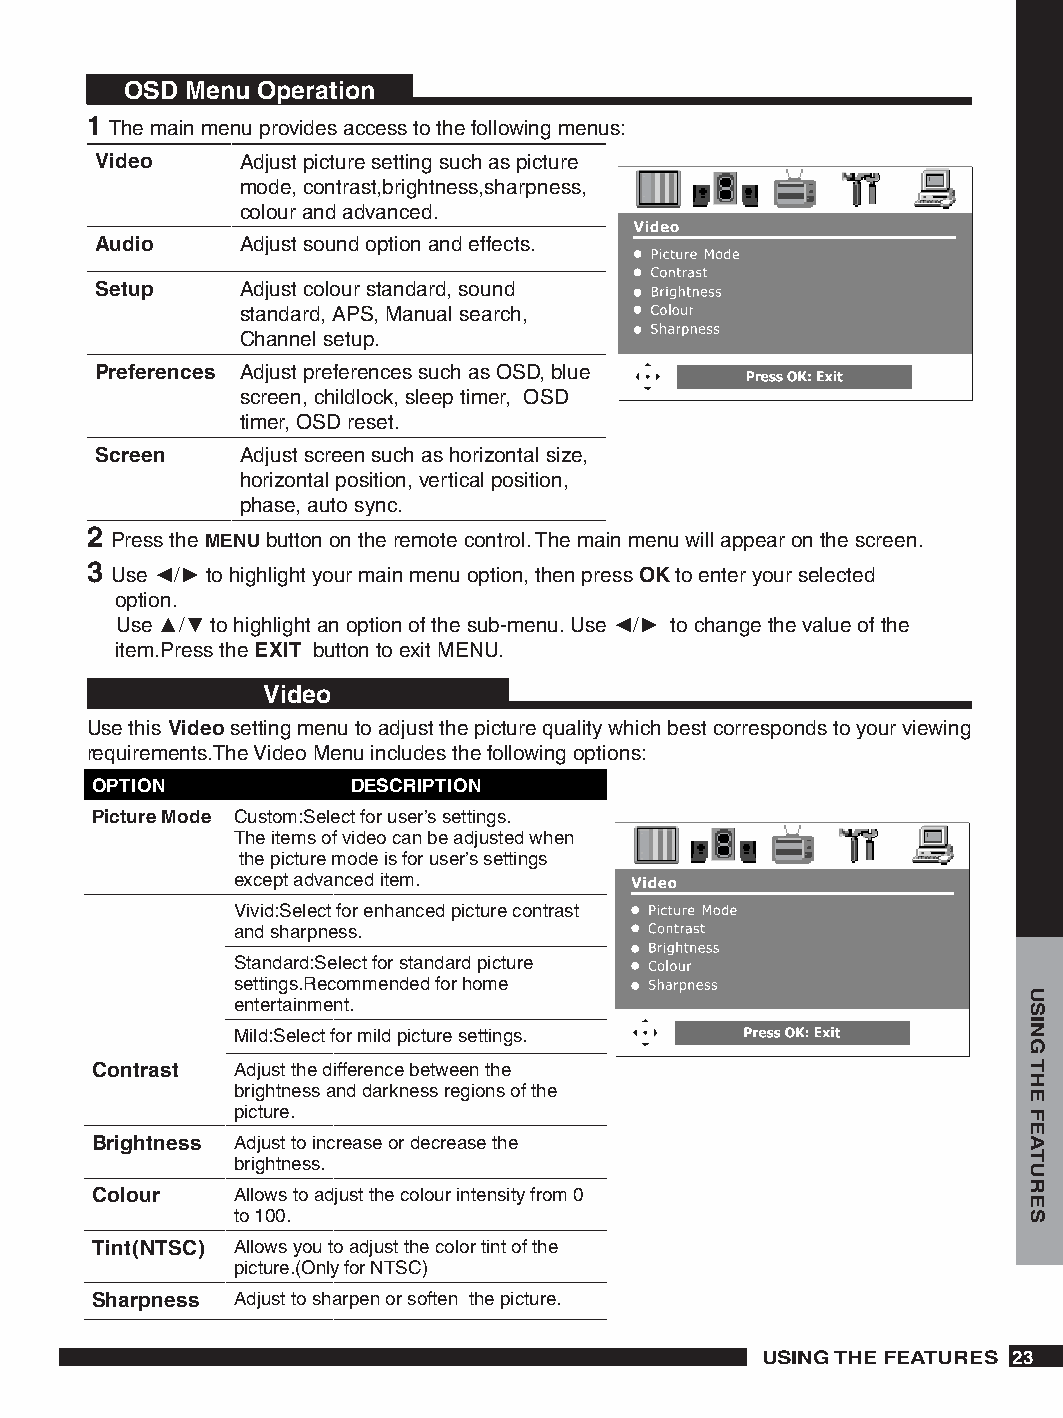
OSD Menu Operation
  The main menu provides access to the following menus:
 Video     Adjust picture setting such as picture
 mode, contrast,brightness,sharpness,
 colour and advanced.
 Audio     Adjust sound option and effects.
 Setup     Adjust colour standard, sound
 standard, APS, Manual search,
 Channel setup.
 Preferences Adjust preferences such as OSD, blue
 screen, childlock, sleep timer, OSD
 timer, OSD reset.
 Screen    Adjust screen such as horizontal size,
 horizontal position, vertical position,
 phase, auto sync.
 
 Press the MENU button on the remote control. The main menu will appear on the screen.
 
 Use ◄/► to highlight your main menu option, then press OK to enter your selected
 option.
 Use ▲/▼ to highlight an option of the sub-menu. Use ◄/► to change the value of the
 item.Press the EXIT button to exit MENU.
 Video
 Use this Video setting menu to adjust the picture quality which best corresponds to your viewing
 requirements.The Video Menu includes the following options:
 OPTION           DESCRIPTION
 Picture Mode Custom:Select for user’s settings.
 The items of video can be adjusted when
 the picture mode is for user’s settings
 except advanced item.
 Vivid:Select for enhanced picture contrast
 and sharpness.
 Standard:Select for standard picture
 settings.Recommended for home
 entertainment.
 Mild:Select for mild picture settings.
 Contrast Adjust the difference between the
 brightness and darkness regions of the
 picture.
 Brightness Adjust to increase or decrease the
 brightness.
 Colour   Allows to adjust the colour intensity from 0
 to 100.
 Tint(NTSC) Allows you to adjust the color tint of the
 picture.(Only for NTSC)
 Sharpness Adjust to sharpen or soften the picture.
 USING THE FEATURES 
 USING
 THE
 FEATURES